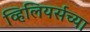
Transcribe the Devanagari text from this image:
व्हिलियर्सच्या